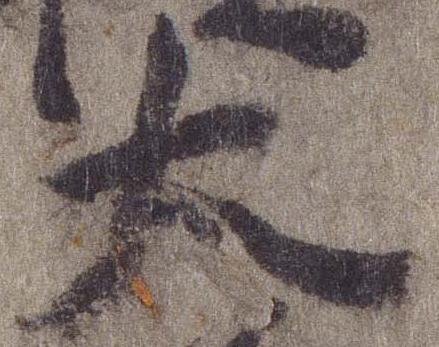
大